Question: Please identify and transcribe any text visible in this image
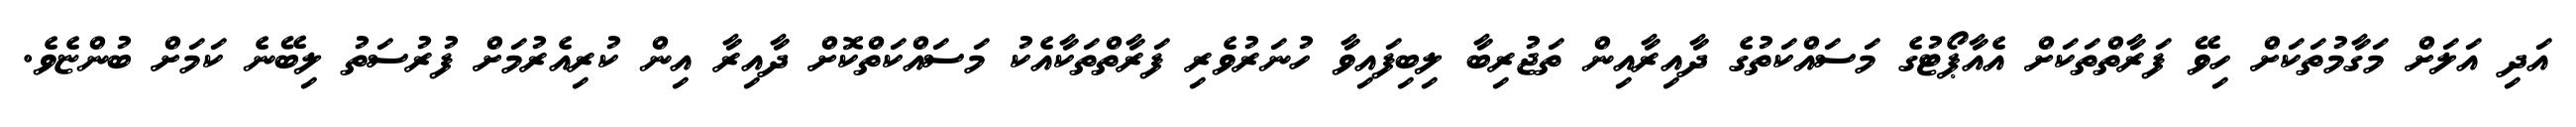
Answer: އަދި އަލަށް މަގާމުތަކަށް ހިވޭ ފަރާތްތަކަށް އެއާޕޯޓުގެ މަސައްކަތުގެ ދާއިރާއިން ތަޖުރިބާ ލިބިފައިވާ ހުނަރުވެރި ފަރާތްތަކާއެކު މަސައްކަތްކޮށް ދާއިރާ އިން ކުރިއެރުމަށް ފުރުސަތު ލިބޭނެ ކަމަށް ބުންޏެވެ.